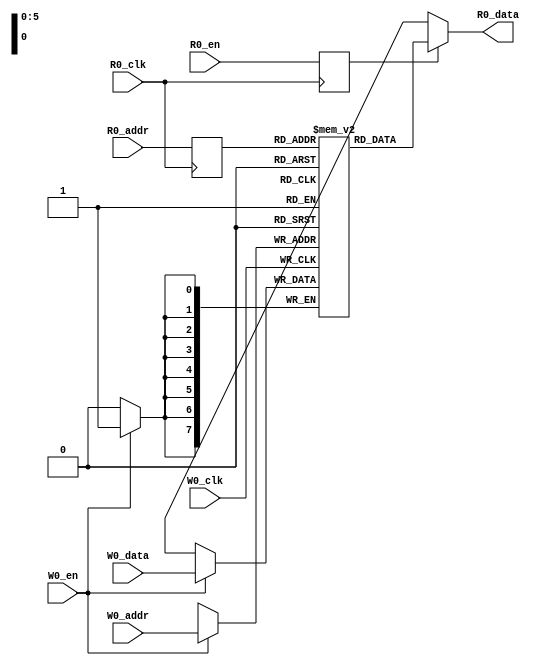
// Generated by CIRCT firtool-1.49.0
// VCS coverage exclude_file
module mem_64x8(
  input  [5:0] R0_addr,
  input        R0_en,
               R0_clk,
  input  [5:0] W0_addr,
  input        W0_en,
               W0_clk,
  input  [7:0] W0_data,
  output [7:0] R0_data
);

  reg [7:0] Memory[0:63];
  reg       _R0_en_d0;
  reg [5:0] _R0_addr_d0;
  always @(posedge R0_clk) begin
    _R0_en_d0 <= R0_en;
    _R0_addr_d0 <= R0_addr;
  end // always @(posedge)
  always @(posedge W0_clk) begin
    if (W0_en)
      Memory[W0_addr] <= W0_data;
  end // always @(posedge)
  assign R0_data = _R0_en_d0 ? Memory[_R0_addr_d0] : 8'bx;
endmodule

module ReadWriteSmem(
  input        clock,
               reset,
               io_enable,
               io_write,
  input  [9:0] io_addr,
  input  [7:0] io_dataIn,
  output [7:0] io_dataOut
);

  mem_64x8 mem_ext (
    .R0_addr (io_addr[5:0]),
    .R0_en   (io_enable),
    .R0_clk  (clock),
    .W0_addr (io_addr[5:0]),
    .W0_en   (1'h1),
    .W0_clk  (clock),
    .W0_data (io_dataIn),
    .R0_data (io_dataOut)
  );
endmodule